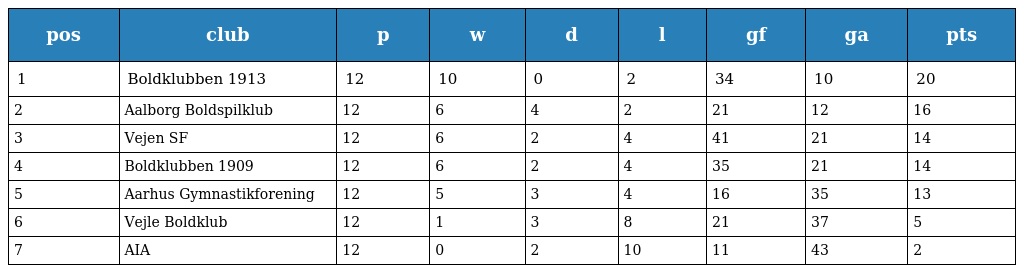
| pos | club | p | w | d | l | gf | ga | pts |
 | --- | --- | --- | --- | --- | --- | --- | --- | --- |
 | 1 | Boldklubben 1913 | 12 | 10 | 0 | 2 | 34 | 10 | 20 |
 | 2 | Aalborg Boldspilklub | 12 | 6 | 4 | 2 | 21 | 12 | 16 |
 | 3 | Vejen SF | 12 | 6 | 2 | 4 | 41 | 21 | 14 |
 | 4 | Boldklubben 1909 | 12 | 6 | 2 | 4 | 35 | 21 | 14 |
 | 5 | Aarhus Gymnastikforening | 12 | 5 | 3 | 4 | 16 | 35 | 13 |
 | 6 | Vejle Boldklub | 12 | 1 | 3 | 8 | 21 | 37 | 5 |
 | 7 | AIA | 12 | 0 | 2 | 10 | 11 | 43 | 2 |